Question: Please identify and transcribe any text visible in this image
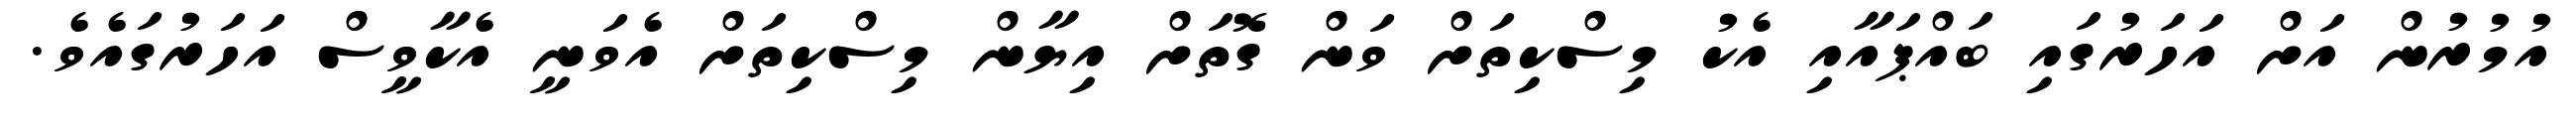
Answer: އުމުރުން އަށް އަހަރުގައި ބައްޕައާއި އެކު މިސްކިތަށް ވަން ގޮތަށް އިޔާން މިސްކިތަށް އެވަނީ އެކާވީސް އަހަރުގައެވެ.